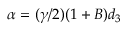
\alpha = ( \gamma / 2 ) ( 1 + B ) d _ { 3 }